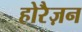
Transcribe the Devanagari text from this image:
होरैज़न